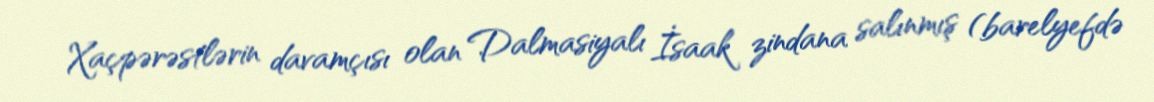
Xaçpərəstlərin davamçısı olan Dalmasiyalı İsaak zindana salınmış (barelyefdə